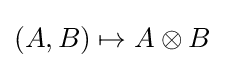
(A,B)\mapsto A\otimes B